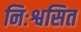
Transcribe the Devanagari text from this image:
निःश्वसित